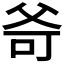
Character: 𤕒